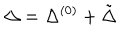
LaTeX: \Delta = \Delta ^ { ( 0 ) } + \tilde { \Delta }